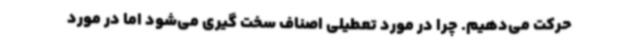
حرکت می‌دهیم. چرا در مورد تعطیلی اصناف سخت گیری می‌شود اما در مورد